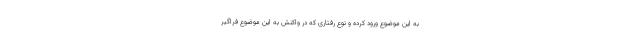
به این موضوع ورود کرده و نوع رفتاری که در واکنش به این موضوع فراگیر